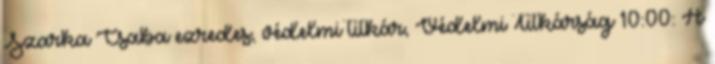
Szarka Csaba ezredes, védelmi titkár, Védelmi Titkárság 10:00: A